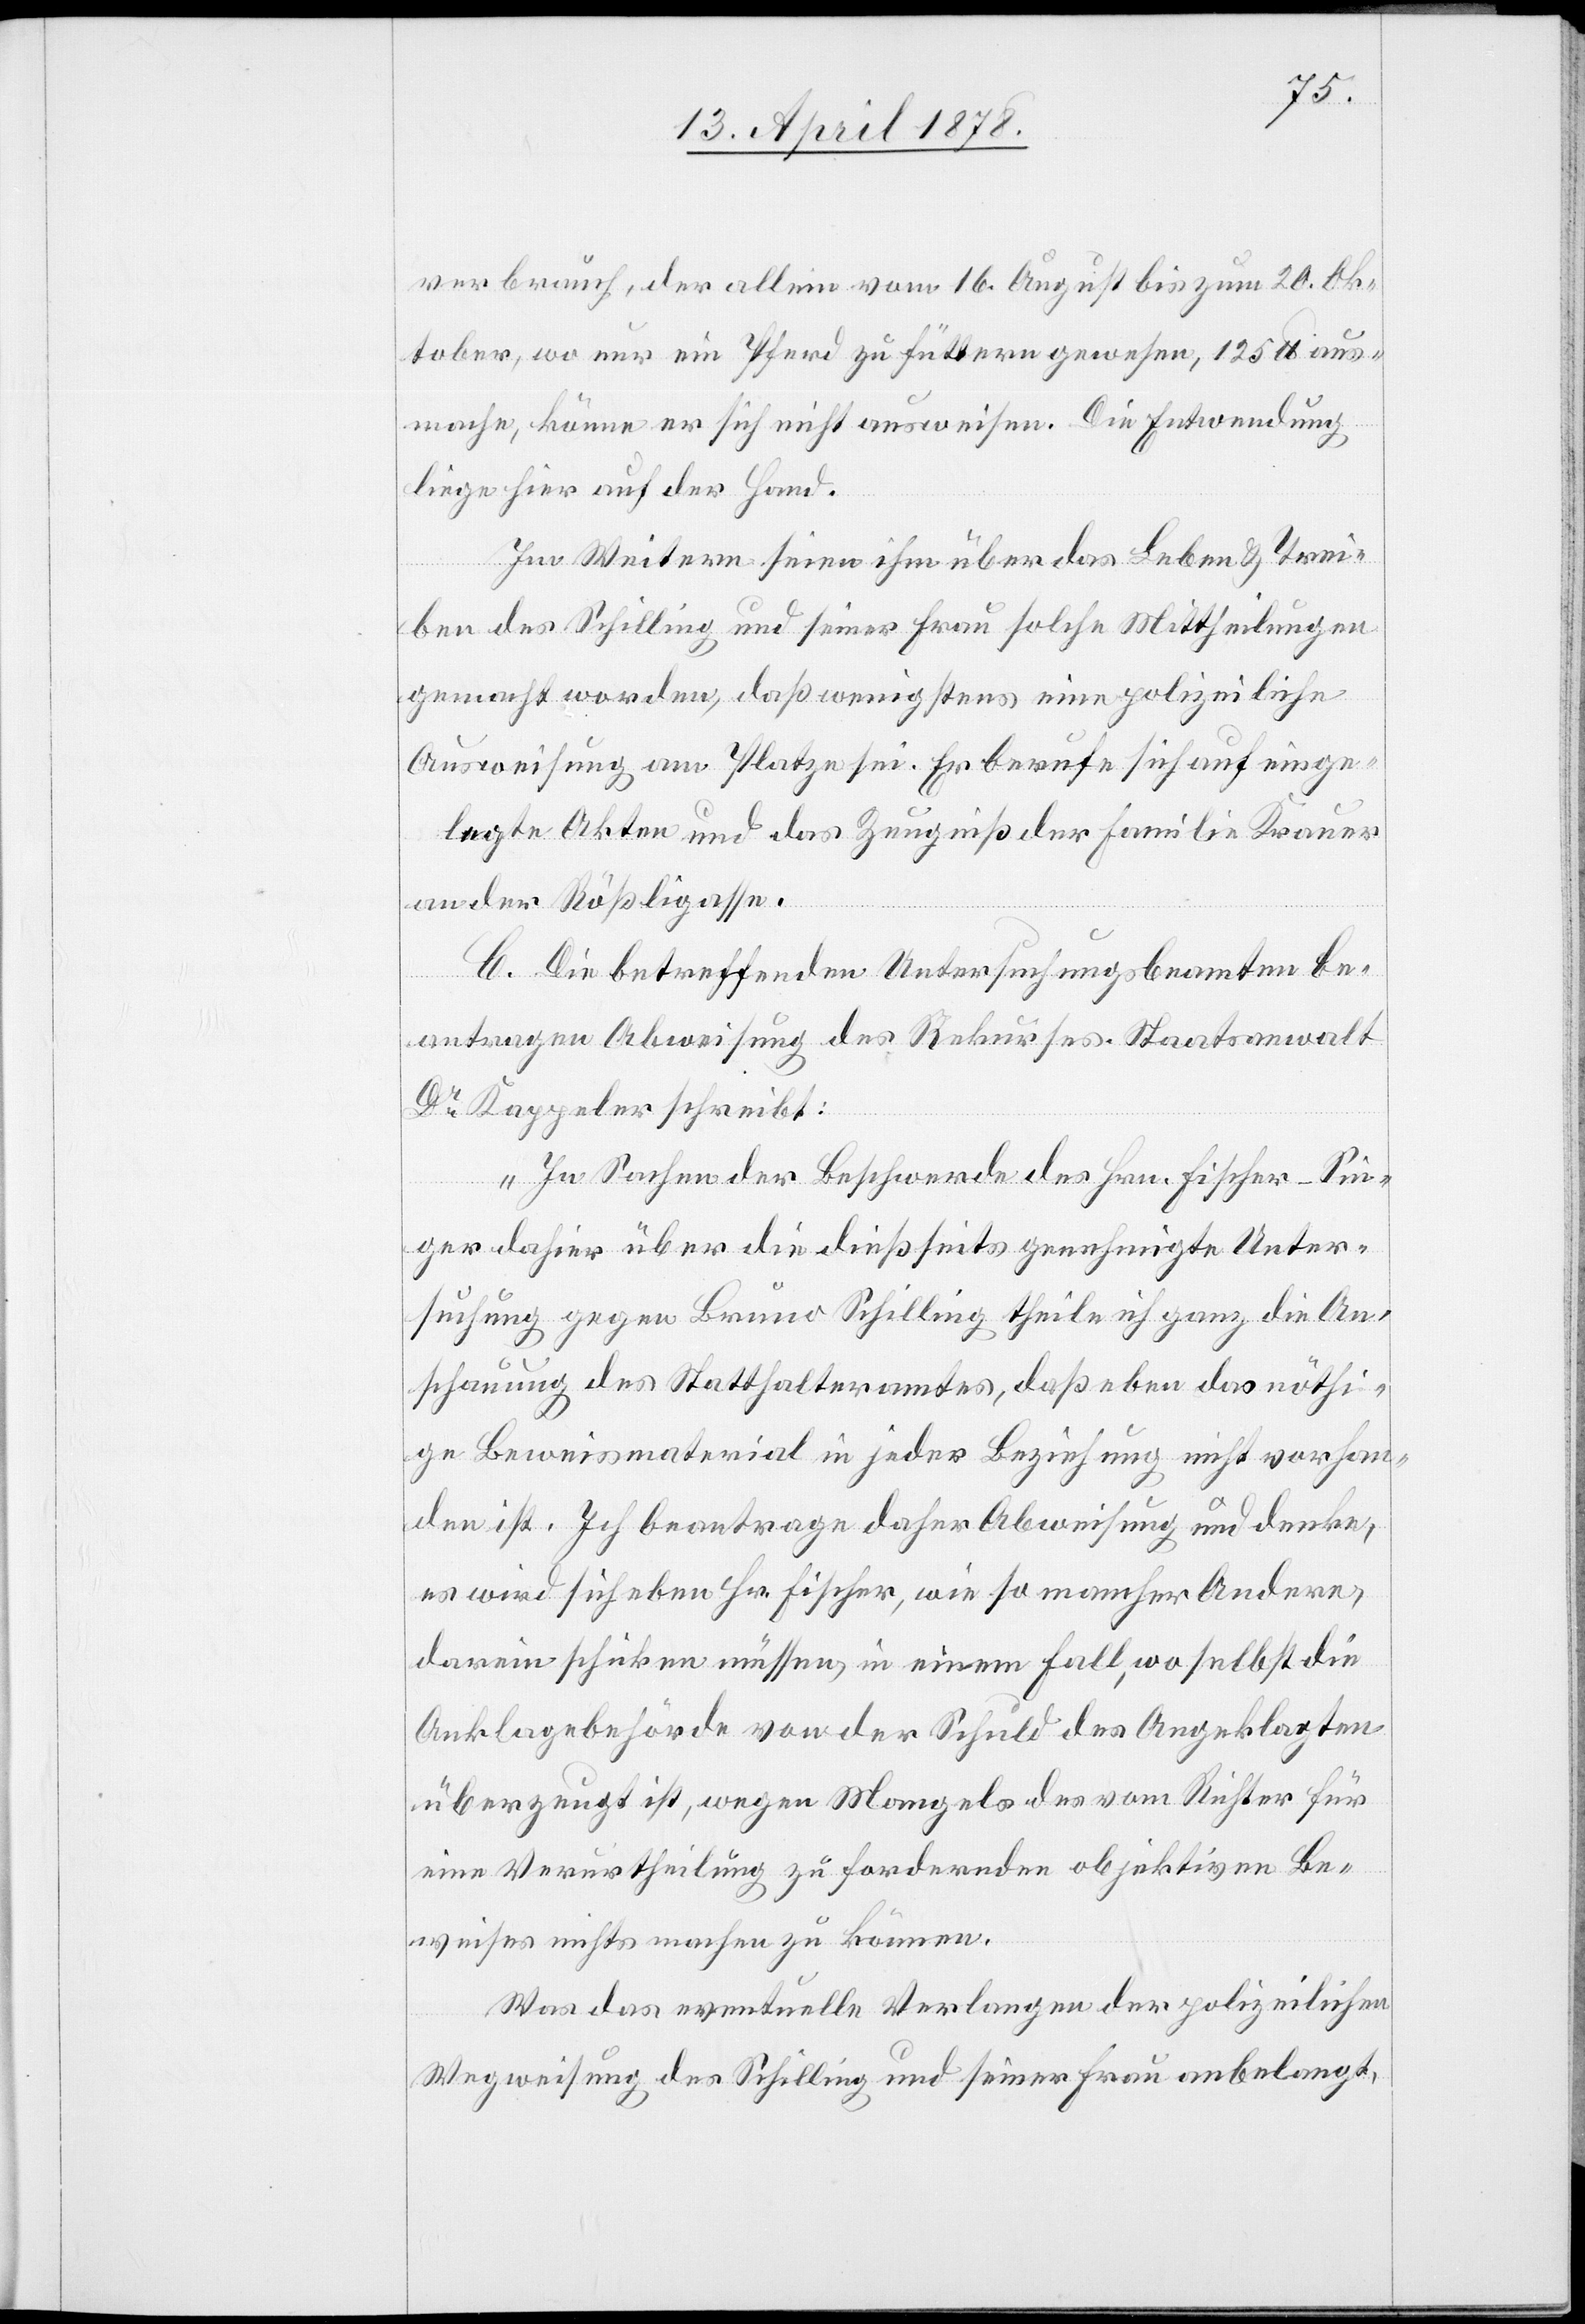
verbrauch, der allein vom 16. August bis zum 20. Ok¬
tober, wo nur ein Pferd zu füttern gewesen, 125 lb. aus¬
mache, könne er sich nicht ausweisen. Die Entwendung
liege hier auf der Hand.
Im Weitern seien ihm über das Leben & Trei¬
ben des Schilling und seiner Frau solche Mittheilungen
gemacht worden, daß wenigstens eine polizeiliche
Ausweisung am Platze sei. Er berufe sich auf einge¬
legte Akten und das Zeugniß der Familie Krauer
an der Rößligasse.
C. Die betreffenden Untersuchungsbeamten be¬
antragen Abweisung des Rekurses. Staatsanwalt
Dr Kappeler schreibt:
„In Sachen der Beschwerde des Hrn. Fischer-Sin¬
ger dahier über die dießseits genehmigte Unter¬
suchung gegen Bruno Schilling theile ich ganz die An¬
schauung des Statthalteramtes, daß eben das nöthi¬
ge Beweismaterial in jeder Beziehung nicht vorhan¬
den ist. Ich beantrage daher Abweisung und denke,
es wird sich eben Hr. Fischer, wie so mancher Andere,
darein schicken müssen, in einem Fall, wo selbst die
Anklagebehörde von der Schuld des Angeklagten
überzeugt ist, wegen Mangels des vom Richter für
eine Verurtheilung zu fordernden objektiven Be¬
weises nichts machen zu können.
Was das eventuelle Verlangen der polizeilichen
Wegweisung des Schilling und seiner Frau anbelangt,